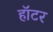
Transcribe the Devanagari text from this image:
हॉटर